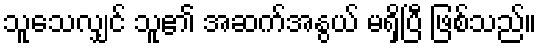
သူသေလျှင် သူ၏ အဆက်အနွယ် မရှိပြီ ဖြစ်သည်။